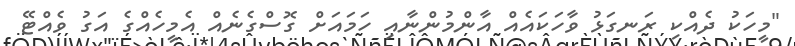
"މީހަކު ދެއްކި ރަނގަޅު ވާހަކައެއް އާންމުންނާއި ހަމައަށް ގޮސްގެނެއް އެމީހެއްގެ އަގު ވެއްޓޭ